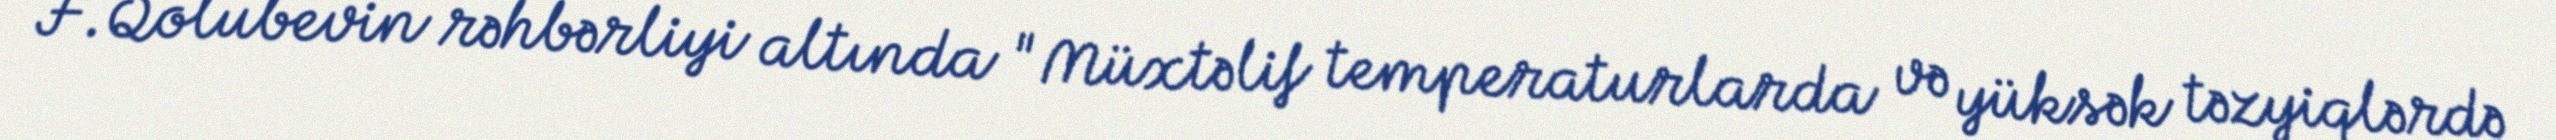
F.Qolubevin rəhbərliyi altında "Müxtəlif temperaturlarda və yüksək təzyiqlərdə